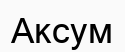
Аксум